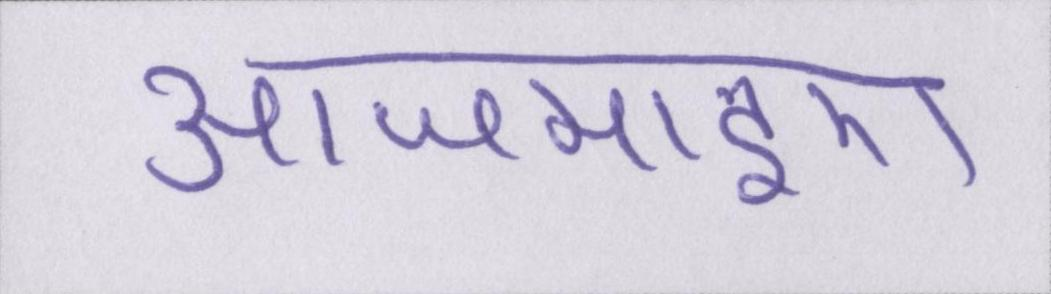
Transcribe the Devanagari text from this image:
आजमाइए